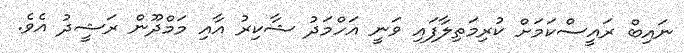
ނައިބް ރައީސްކަމަށް ކުރިމަތިލާފައި ވަނީ އަހްމަދު ޝާކިރު އާއި މަމްދޫން ރަޝީދު އެވެ.